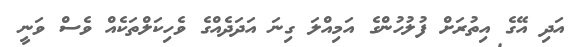
އަދި އޭގެ އިތުރަށް ފުލުހުންގެ އަމިއްލަ ގިނަ އަދަދެއްގެ ވެހިކަލްތަކެއް ވެސް ވަނީ